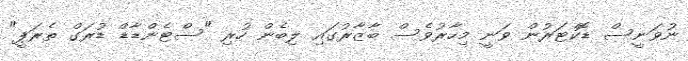
ނުވަނީސް ޑޮކްޓަރުން ވަނީ މިހާރުވެސް ބާޒާރުގައި ލިބެން ހުރި "ސްޓެންޑާޑް ޑުރަގް ތެރަޕީ"